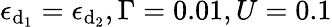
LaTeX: \epsilon_{\mathrm{d}_{1}}=\epsilon_{\mathrm{d}_{2}},\Gamma=0.01,U=0.1